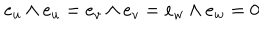
LaTeX: e _ { u } \wedge e _ { u } = e _ { v } \wedge e _ { v } = e _ { w } \wedge e _ { w } = 0